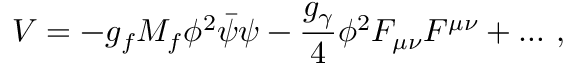
V = - g _ { f } M _ { f } \phi ^ { 2 } \bar { \psi } \psi - \frac { g _ { \gamma } } { 4 } \phi ^ { 2 } F _ { \mu \nu } F ^ { \mu \nu } + \ldots \, ,